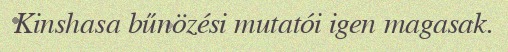
Kinshasa bűnözési mutatói igen magasak.